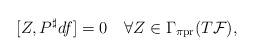
LaTeX: \begin{align*}[Z,P^{\sharp}df]=0\quad\forall Z\in\Gamma_{\pi\mathrm{pr}}(T\mathcal{F}),\end{align*}